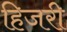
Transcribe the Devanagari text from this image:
हिजरी